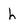
Character: h